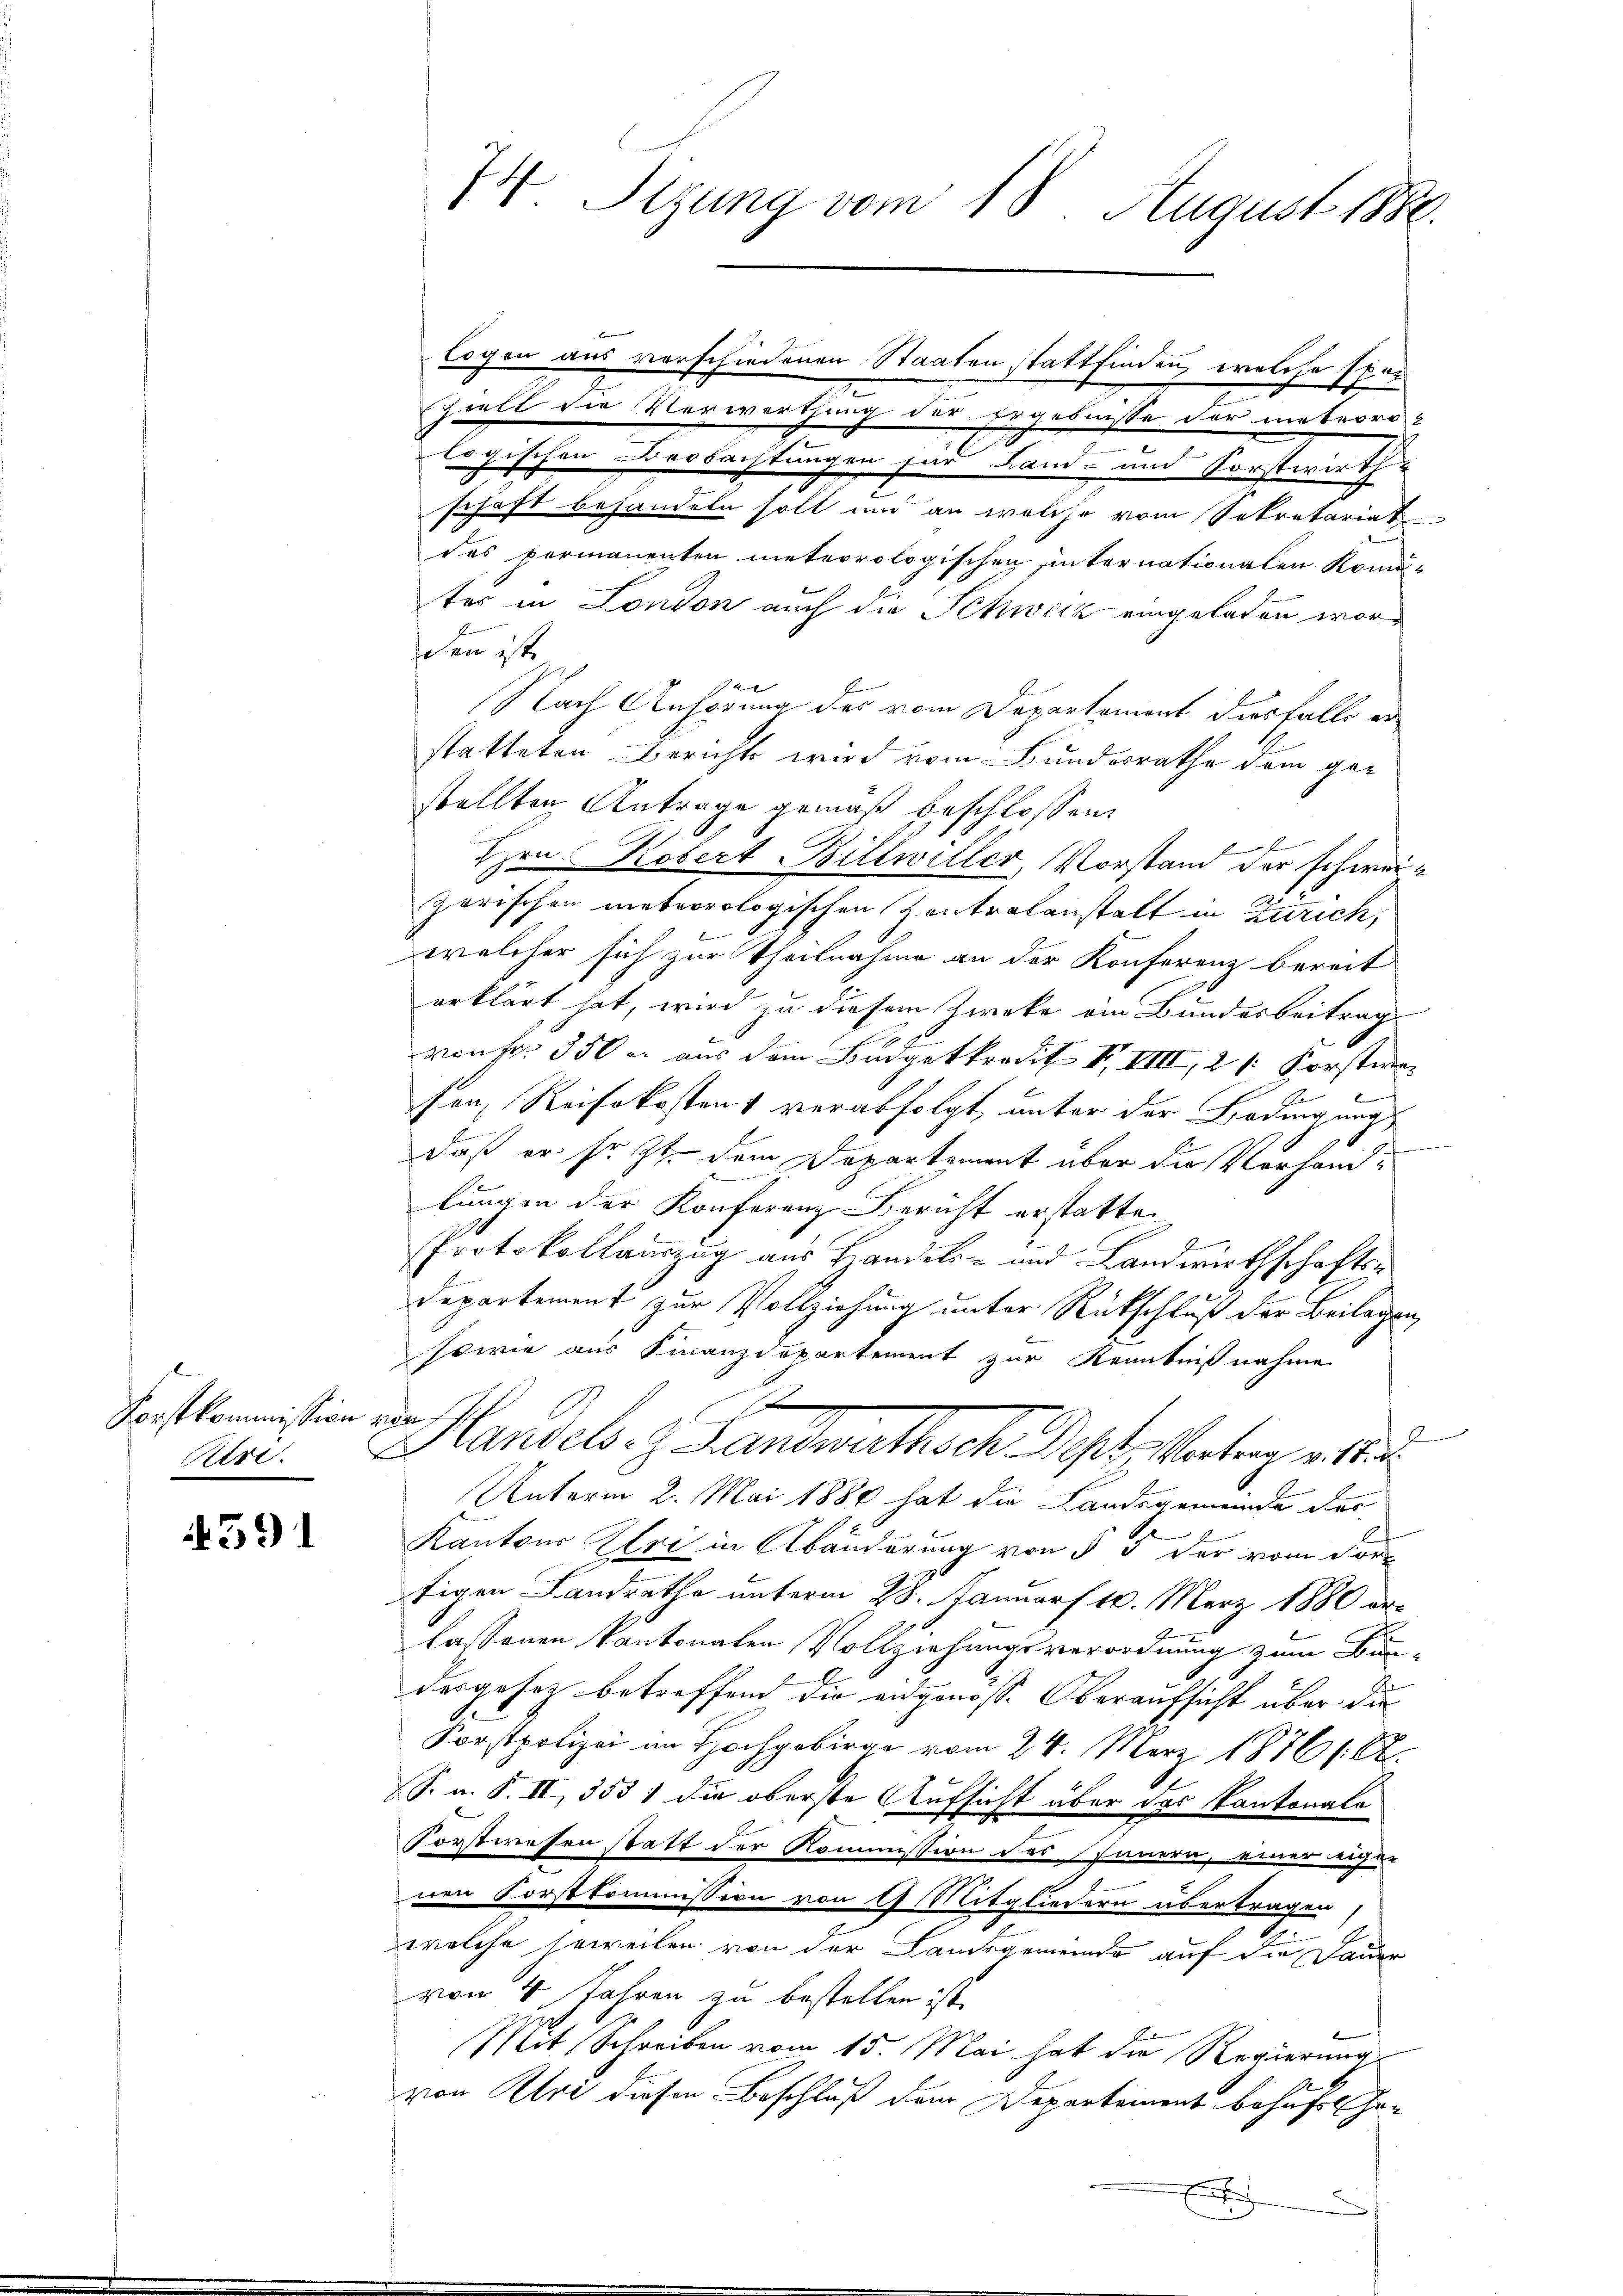
Forstkommission von
Rri.

391

W. Sizung vom 18. August 1880.

logen aus verschiedenen Staaten stattfinden, welche spar
ziell die Verwerthung der Ergebnisse der nebeordlogischen Beobachtungen für Land- und Sorstwirth-
schaft behandeln soll und an welche vom Sekretariat
des permanenten meteorologischen unternationalen Komiter in London auch die Schweiz eingeladen wordeten ist
Nach Anhörung des vom Departement diesfalls erstatteten Berichts wird vom Bundesrathe dem gestellten Antrage gemäß beschlossen:
E
Hrn. Kobert Billwiller, Vorstand der schwei¬
Zerischon meteorologischen Zentralanstalt in Zürich,
welcher sich zur Theilnahme an der Konferenz bereit
erklärt hat, wird zu diesem Zwecke ein Bundesbeitrag
von fr. 350 n aus dem Budgetkredit V, VIII, 21. Forstman
son, Reisekostens verabfolgt, unter der Bedingungs
daß er sezt dem Departement über die Vorhandlungen der Konferenz Bericht erstatte.
Protokollauszug aus Handels- und Landwirthschafts¬
Departement zur Vollziehung unter Rückschluß der Beilagen
sowie aus Finanzdepartement zur Kenntnißnahme
xx
wendenen
Handels- Landwirthsch. Dept, Vortrag v. 18.
Unterm 2. Mai 1881 hat die Landsgemeinde der
e
Kantons Else in Abänderung von § 3 der vom Forfigen Landrathe unterm 28. Januar 18. März 1880 er-
lassenen Kantonalen Vollziehungsverordnung zum Bun-
desgesez betreffend die angenoss. Oberaufsicht über die
Korstpolizei im Hochgebirge vom 24. März 1876 (O.
S. n. F. II, 3531 die oberste Aufsicht über das Cantonala
Forstwesen statt der Kommission des Innern, einer eigen
nen Forstkommission von 1 Mitgliedern übertragen
7
welche jeweilen von der Landsgemeinde auf die Dauer
von 4 Jahren zu bestellen ist.
t
Mit Schreiben vom 15. Mai hat die Regierungs
von Uri diesen Beschluß dem Departement behufs Er-
e